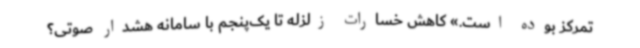
تمرکز بوده‌ است.» ‌کاهش خسارات زلزله تا یک‌پنجم با سامانه هشدار صوتی؟